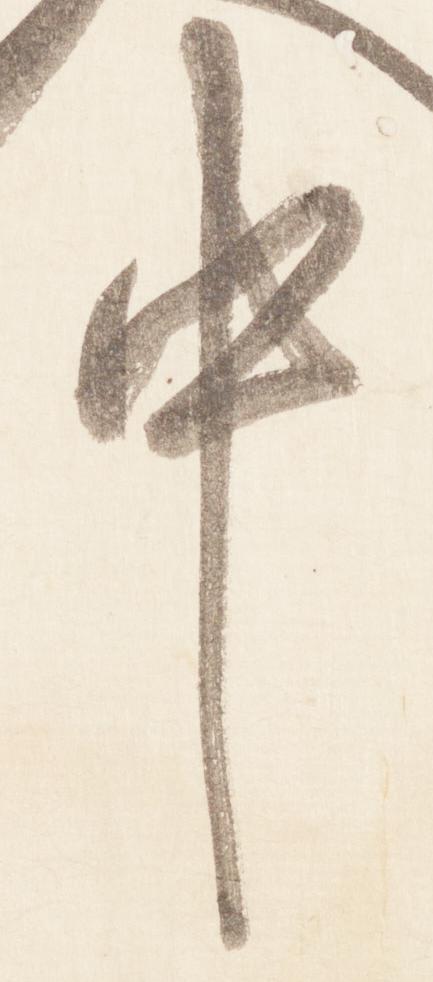
中